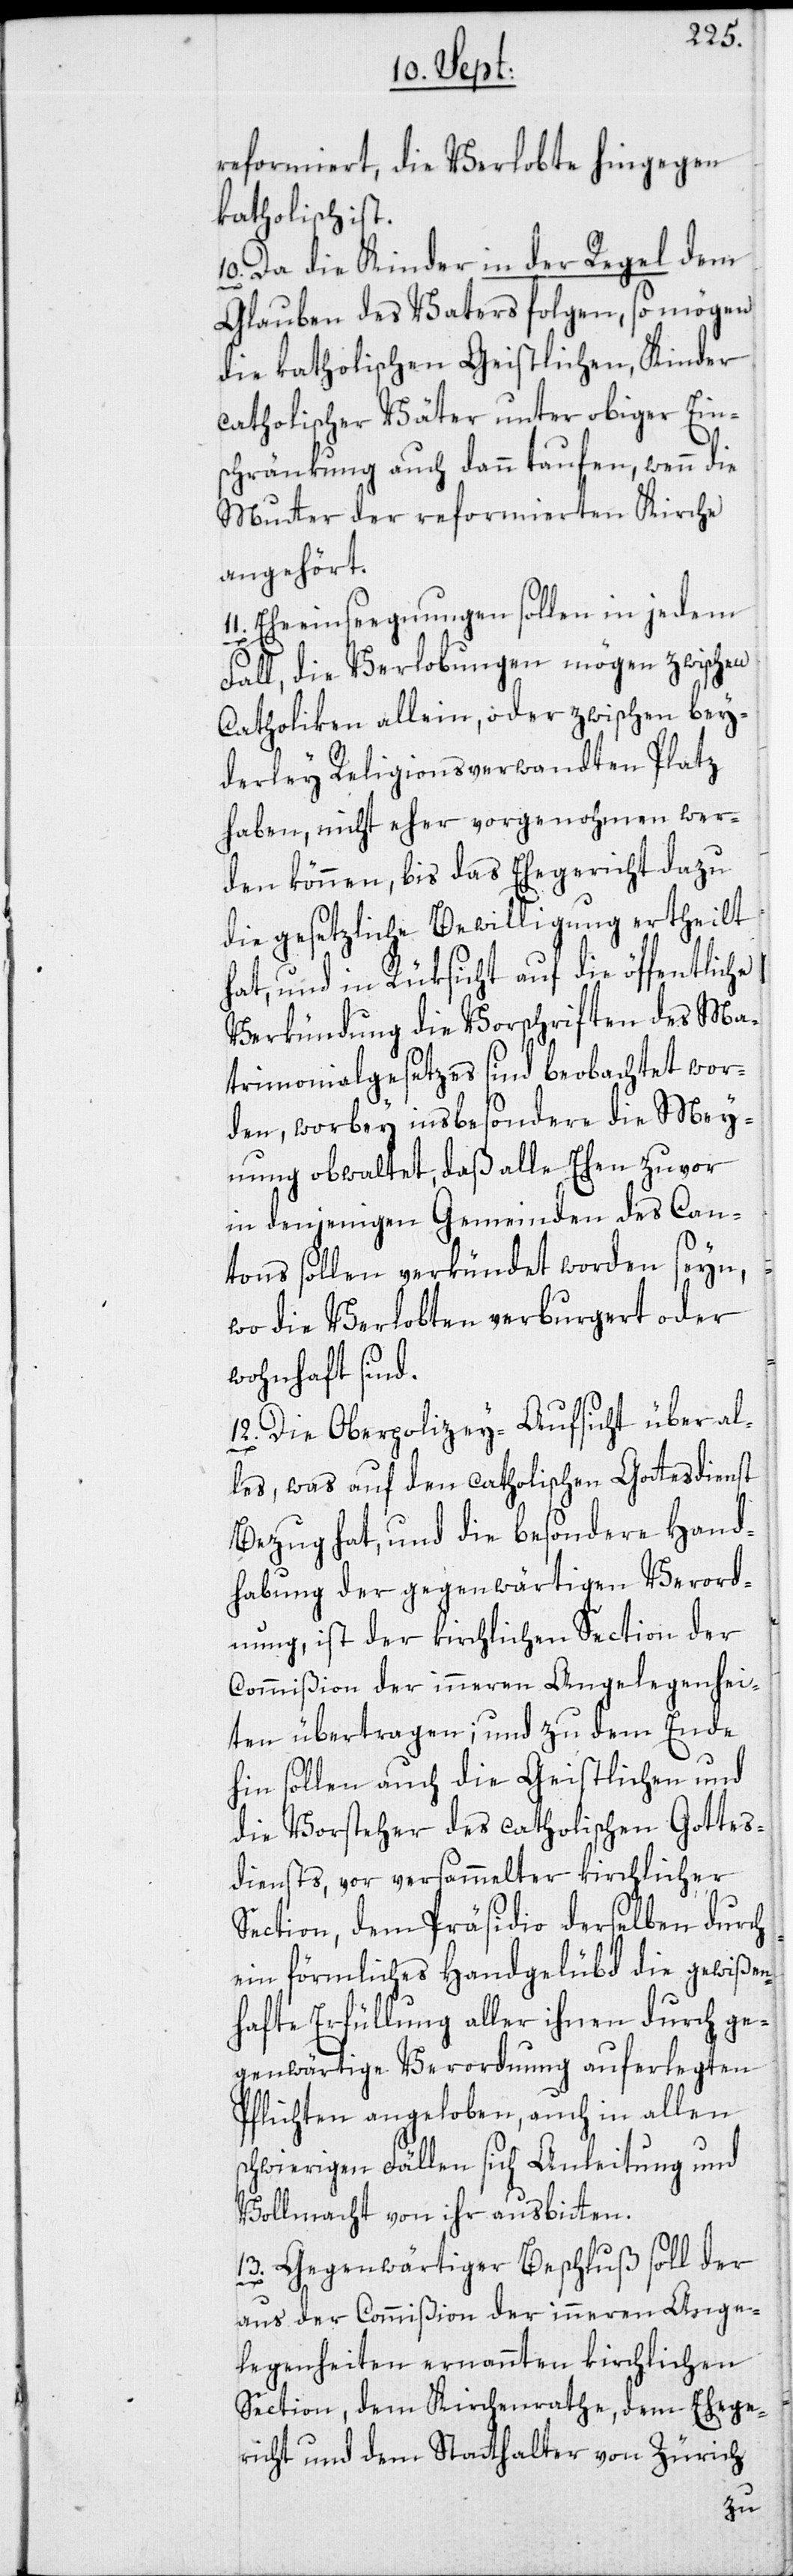
reformiert, die Verlobte hingegen
katholisch ist.
10. Da die Kinder in der Regel dem
Glauben des Vaters folgen, so mögen
die katholischen Geistlichen, Kinder
catholischer Väter unter obiger Ein¬
schränkung auch dann taufen, wenn die
Mutter der reformierten Kirche
angehört.
11. Eheeinseegnungen sollen in jedem
Fall, die Verlobungen mögen zwischen
Catholiken allein, oder zwischen bey¬
derley Religionsverwandten Platz
haben, nicht eher vorgenohmen wer¬
den können, bis das Ehegericht dazu
die gesetzliche Bewilligung ertheilt
hat, und in Rüksicht auf die öffentliche
Verkündung die Vorschriften des Ma¬
trimonialgesetzes sind beobachtet wor¬
den, worbey insbesondere die Mey¬
nung obwaltet, daß alle Ehen zuvor
in denjenigen Gemeinden des Can¬
tons sollen verkündet worden seyn,
wo die Verlobten verburgert oder
wohnhaft sind.
12. Die Oberpolizey-Aufsicht über al¬
les, was auf den catholischen Gottesdienst
Bezug hat, und die besondere Hand¬
habung der gegenwärtigen Verord¬
nung, ist der kirchlichen Section der
Commißion der inneren Angelegenhei¬
ten übertragen; und zu dem Ende
hin sollen auch die Geistlichen und
die Vorsteher des catholischen Gottes¬
diensts, vor versammelter kirchlicher
Section, dem Präsidio derselben durch
ein förmliches Handgelübd die gewißen¬
hafte Erfüllung aller ihnen durch ge¬
genwärtige Verordnung auferlegten
Pflichten angeloben, auch in allen
schwierigen Fällen sich Anleitung und
Vollmacht von ihr ausbitten.
13. Gegenwärtiger Beschluß soll der
aus der Commißion der inneren Ange¬
legenheiten ernannten kirchlichen
Section, dem Kirchenrathe, dem Ehege¬
richt und dem Statthalter von Zürich